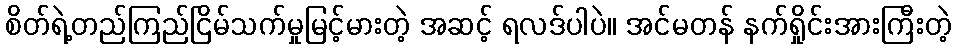
စိတ်ရဲ့တည်ကြည်ငြိမ်သက်မှုမြင့်မားတဲ့ အဆင့် ရလဒ်ပါပဲ။ အင်မတန် နက်ရှိုင်းအားကြီးတဲ့